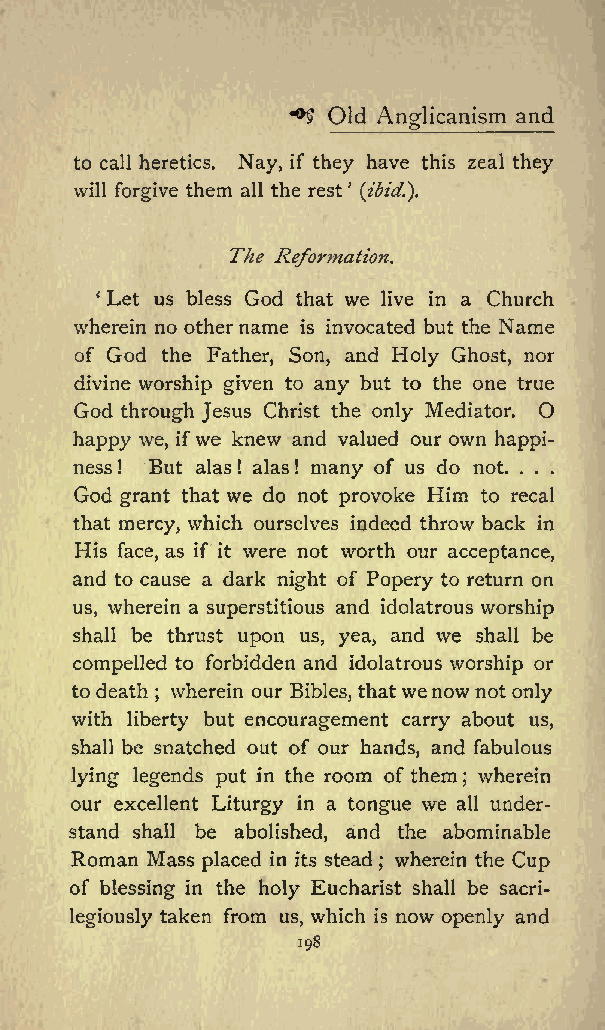
+5 Old         and
 Anglicanism
 to call heretics. Nay, if they have this zeal they
 will forgive them all the rest (ibid.}.
 The
 Reformation.
 Let us bless God that we live in a Church
 wherein no othername is invocated but the Name
 of God the Father, Son, and Holy Ghost, nor
 divine worship given to any but to the one true
 God through Jesus Christ the only Mediator. O
 happy we, ifwe knew and valued our own happi
 ness But alas! alas! many of us do not.
 !                         . . .
 God grant that we do not provoke Him to recal
 that mercy, which ourselves indeed throw back in
 His face, as if it were not worth our acceptance,
 and to cause a dark night of Popery to return on
 us, wherein a superstitious and idolatrous worship
 shall be thrust upon us, yea, and we shall be
 compelled to forbidden and idolatrous worship or
 to death wherein our Bibles, thatwenownot only
 ;
 with liberty but encouragement carry about us,
 shall be snatched out of our hands, and fabulous
 lying legends put in the room of them wherein
 ;
 our excellent Liturgy in a tongue we all under
 stand shall be abolished, and the abominable
 Roman Mass placed in its stead wherein the Cup
 ;
 of blessing in the holy Eucharist shall be sacri
 legiously taken from us, which is now openly and
 198